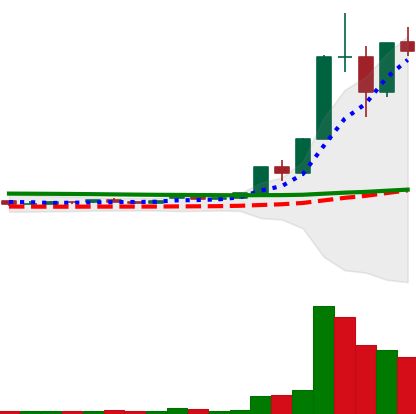
Ticker: XLM-USD
Chart end date: 2020-11-28
Forward return: -7.941%
Label: down_7plus